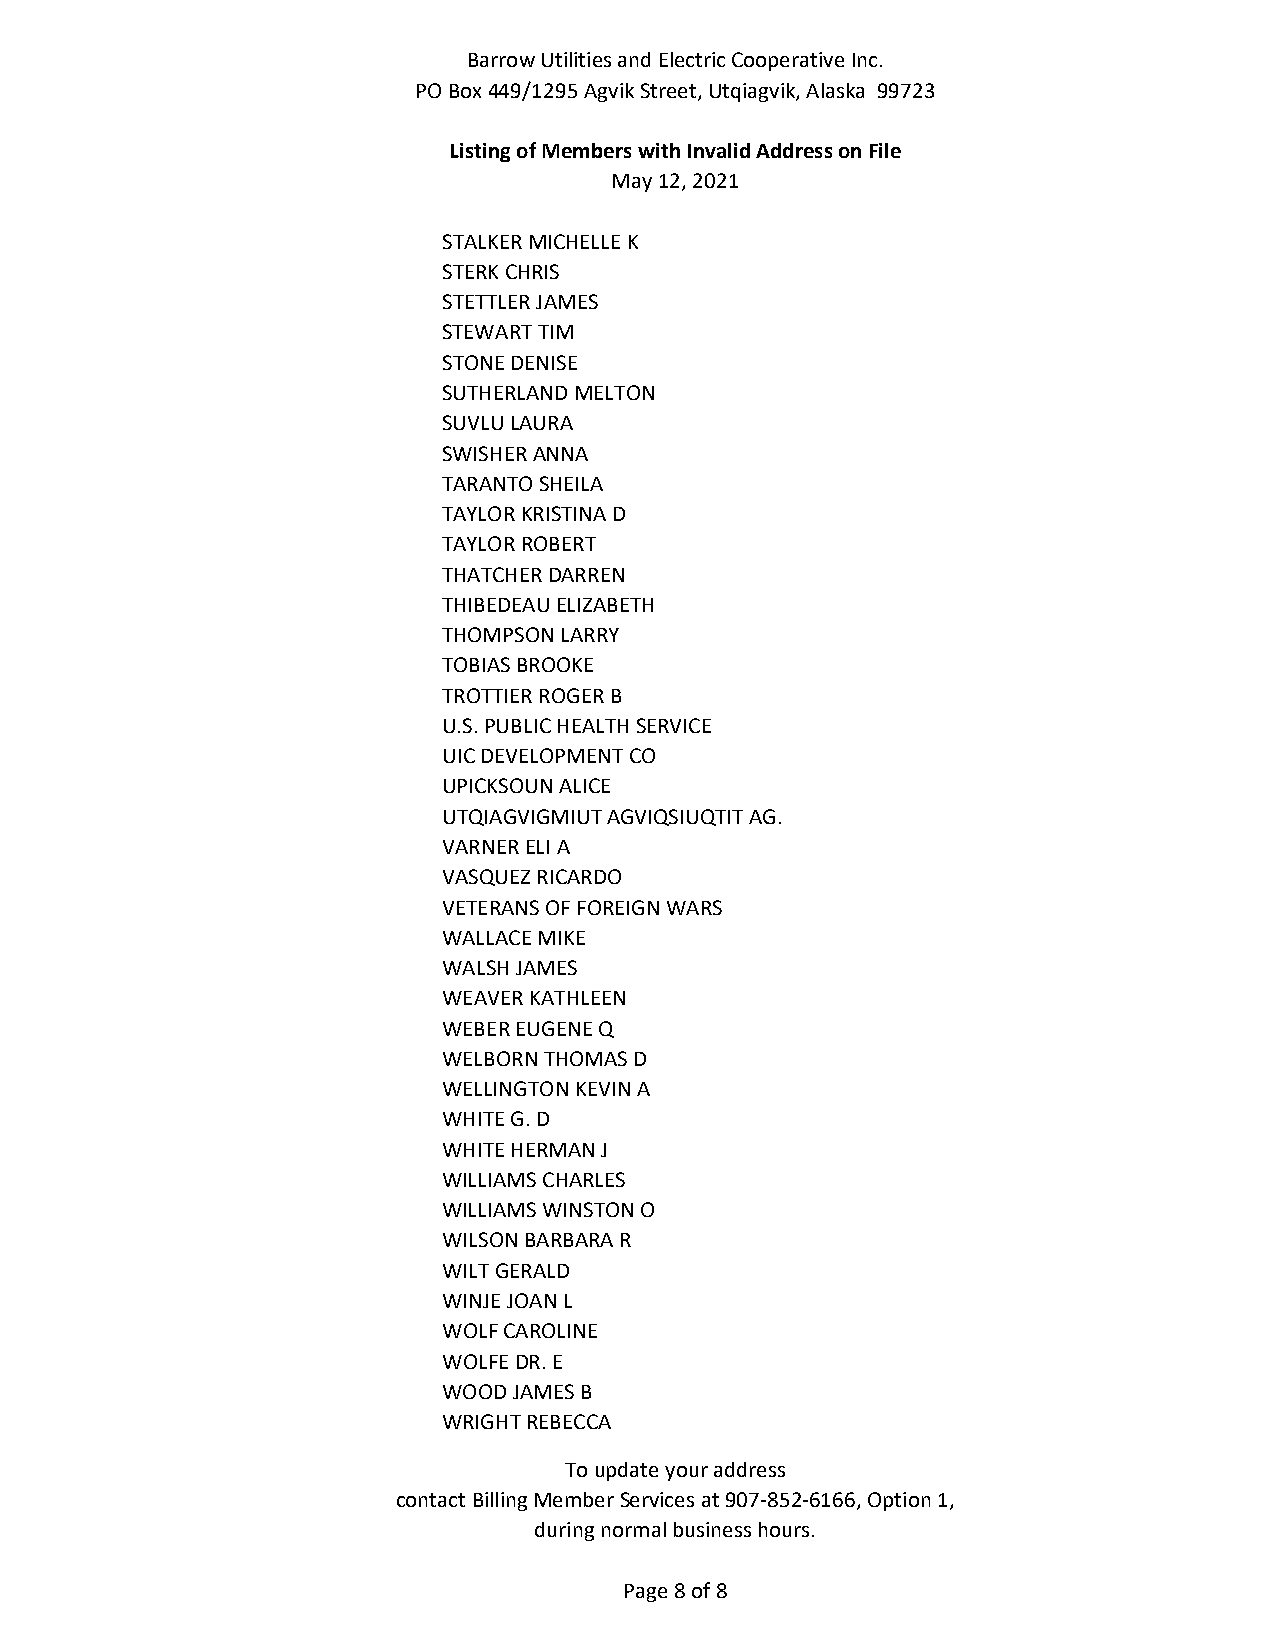
Barrow Utilities and Electric Cooperative Inc.
 PO Box 449/1295 Agvik Street, Utqiagvik, Alaska 99723
 Listing of Members with Invalid Address on File
 May 12, 2021
 STALKER MICHELLE K
 STERK CHRIS
 STETTLER JAMES
 STEWART TIM
 STONE DENISE
 SUTHERLAND MELTON
 SUVLU LAURA
 SWISHER ANNA
 TARANTO SHEILA
 TAYLOR KRISTINA D
 TAYLOR ROBERT
 THATCHER DARREN
 THIBEDEAU ELIZABETH
 THOMPSON LARRY
 TOBIAS BROOKE
 TROTTIER ROGER B
 U.S. PUBLIC HEALTH SERVICE
 UIC DEVELOPMENT CO
 UPICKSOUN ALICE
 UTQIAGVIGMIUT AGVIQSIUQTIT AG.
 VARNER ELI A
 VASQUEZ RICARDO
 VETERANS OF FOREIGN WARS
 WALLACE MIKE
 WALSH JAMES
 WEAVER KATHLEEN
 WEBER EUGENE Q
 WELBORN THOMAS D
 WELLINGTON KEVIN A
 WHITE G. D
 WHITE HERMAN J
 WILLIAMS CHARLES
 WILLIAMS WINSTON O
 WILSON BARBARA R
 WILT GERALD
 WINJE JOAN L
 WOLF CAROLINE
 WOLFE DR. E
 WOOD JAMES B
 WRIGHT REBECCA
 To update your address
 contact Billing Member Services at 907‐852‐6166, Option 1,
 during normal business hours.
 Page 8 of 8